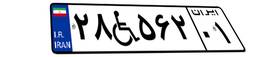
۰۵W۱۸۶۶۵